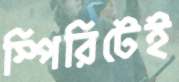
স্পিরিটেই